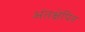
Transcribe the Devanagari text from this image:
अंतक्षेपित